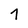
Character: 7